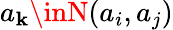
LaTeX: a_{\mathbf{k}}\inN(a_{i},a_{j})